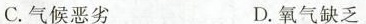
C.气候恶劣 D.氧气缺乏